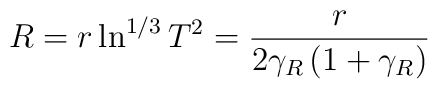
R=r\ln^{1/3}T^2=\frac{r}{2\gamma_R\left(1+\gamma_R\right)}